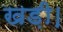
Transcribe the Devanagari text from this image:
खड़ी।